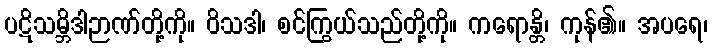
ပဋိသမ္ဘိဒါဉာဏ်တို့ကို။ ဝိသဒါ၊ စင်ကြွယ်သည်တို့ကို။ ကရောန္တိ၊ ကုန်၏။ အပရေ၊